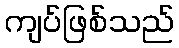
ကျပ်ဖြစ်သည်